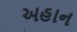
અહાન